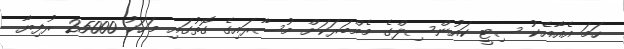
ހަމަ އެއާއެކު ސިޓީ ކައުންސިލްގެ މެމްބަރަކަށް މުސާރައިގެ ގޮތުގައި މަހަކު 25000 ރުފިޔާ